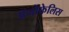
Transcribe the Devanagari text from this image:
अॅनोफेलिस